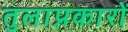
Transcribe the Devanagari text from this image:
तुलाप्रकारों